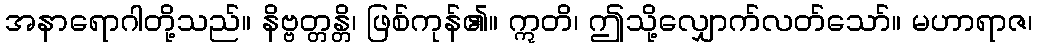
အနာရောဂါတို့သည်။ နိဗ္ဗတ္တန္တိ၊ ဖြစ်ကုန်၏။ ဣတိ၊ ဤသို့လျှောက်လတ်သော်။ မဟာရာဇ၊